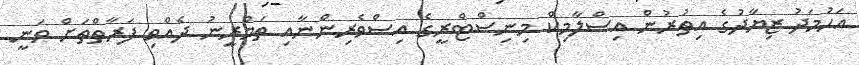
އަހުމަދު ޒިޔާދުގެ އިތުރުން އިސްލާމިކް މިނިސްޓްރީގެ އިސްވެރިންނާއި ތަމްރީނު ދެއްވި ފަރާތްތަށް ވަނީ